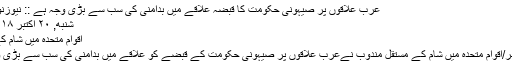
عرب علاقوں پر صیہونی حکومت کا قبضہ علاقے میں بدامنی کی سب سے بڑی وجہ ہے :: نیوزنور newsnoor
شنبه, ۲۰ اکتبر ۲۰۱۸، ۱۲:۱۳ ب.ظ
اقوام متحدہ میں شام کے مستقل مندوب:
نیوزنور 20اکتوبر/اقوام متحدہ میں شام کے مستقل مندوب نےعرب علاقوں پر صیہونی حکومت کے قبضے کو علاقے میں بدامنی کی سب سے بڑی وجہ قرار دیا ہے۔